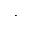
\cdot